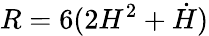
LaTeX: R=6(2H^{2}+\dot{H})